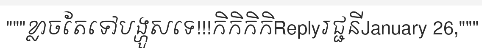
"""ខ្លាចតែទៅបង្ហួសទេ!!!កិកិកិកិReplyរជ្ជនីJanuary 26,"""